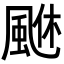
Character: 𩗆